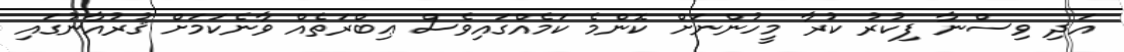
އަދި ވިސްނާ ފިކުރު ކުރާ މީހުންނަށް ކޮންމެ ކަމެއްގައިވެސް ޢިބްރަތެއް ވާނެކަމަށް ޤުރުއާނުގައި